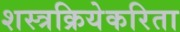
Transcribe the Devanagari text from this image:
शस्त्रक्रियेकरिता